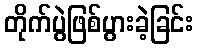
တိုက်ပွဲဖြစ်ပွားခဲ့ခြင်း